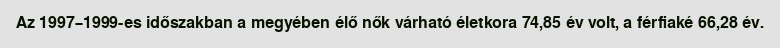
Az 1997–1999-es időszakban a megyében élő nők várható életkora 74,85 év volt, a férfiaké 66,28 év.